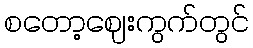
စတော့ဈေးကွက်တွင်